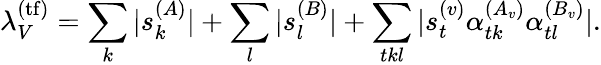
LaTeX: \lambda_{V}^{(\mathrm{tf})}=\sum_{k}|s_{k}^{(A)}|+\sum_{l}|s_{l}^{(B)}|+\sum_{tkl}|s_{t}^{(v)}\alpha_{tk}^{(A_{v})}\alpha_{tl}^{(B_{v})}|.